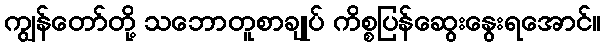
ကျွန်တော်တို့ သဘောတူစာချုပ် ကိစ္စပြန်ဆွေးနွေးရအောင်။